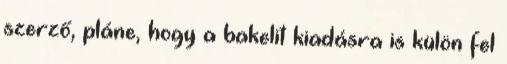
szerző, pláne, hogy a bakelit kiadásra is külön fel